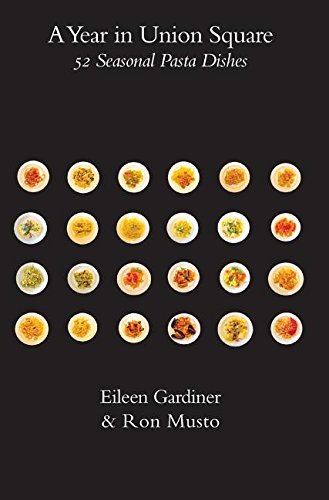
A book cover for A Year in Union Square: 52 Seasonal Pasta Dishes; Eileen Gardiner; Cookbooks, Food & Wine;